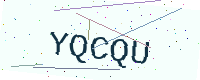
Text: YQCQU